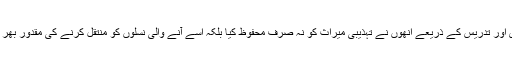
اپنی شاعری اور تدریس کے ذریعے انھوں نے تہذیبی میراث کو نہ صرف محفوظ کیا بلکہ اسے آنے والی نسلوں کو منتقل کرنے کی مقدور بھر کوشش کی۔